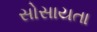
સોસાયતા